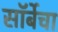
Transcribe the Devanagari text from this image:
सॉर्बेचा